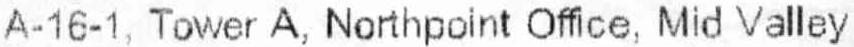
A--16-1, TOWER A, NORTHPOINT OFFICE, MID VALLEY